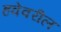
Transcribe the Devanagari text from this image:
हवेवरील